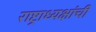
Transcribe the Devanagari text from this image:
राष्ट्राध्यक्षांची